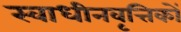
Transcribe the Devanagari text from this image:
स्वाधीनवृत्तिकों